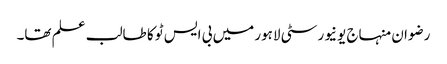
رضوان منہاج یونیورسٹی لاہور میں بی ایس ٹو کا طالب علم تھا۔